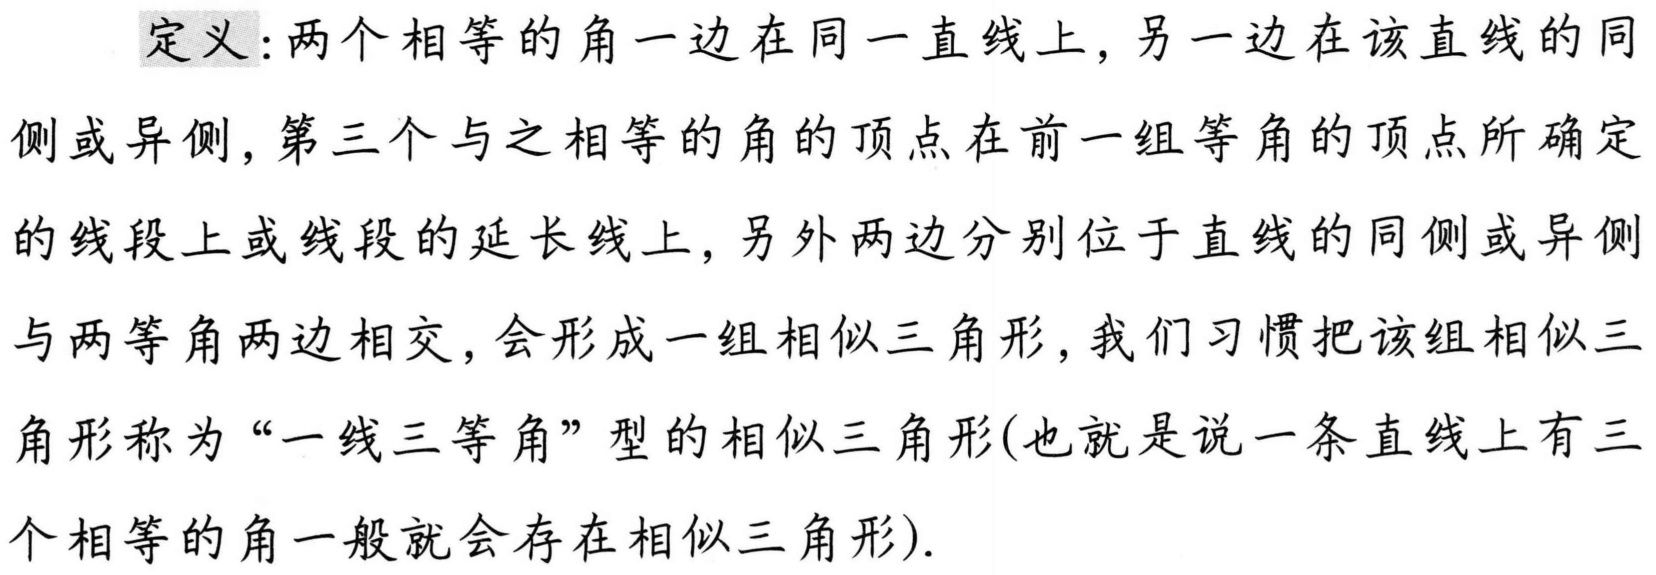
定义：两个相等的角一边在同一直线上，另一边在该直线的同侧或异侧，第三个与之相等的角的顶点在前一组等角的顶点所确定的线段上或线段的延长线上，另外两边分别位于直线的同侧或异侧与两等角两边相交，会形成一组相似三角形，我们习惯把该组相似三角形称为“一线三等角”型的相似三角形(也就是说一条直线上有三个相等的角一般就会存在相似三角形).